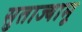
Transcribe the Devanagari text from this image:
सुताज्यामू